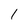
Character: 1